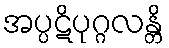
အပ္ပဋိပုဂ္ဂလန္တိ